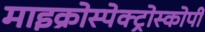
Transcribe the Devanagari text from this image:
माइक्रोस्पेक्ट्रोस्कोपी